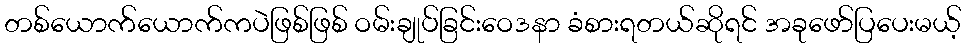
တစ်ယောက်ယောက်ကပဲဖြစ်ဖြစ် ဝမ်းချုပ်ခြင်းဝေဒနာ ခံစားရတယ်ဆိုရင် အခုဖော်ပြပေးမယ့်